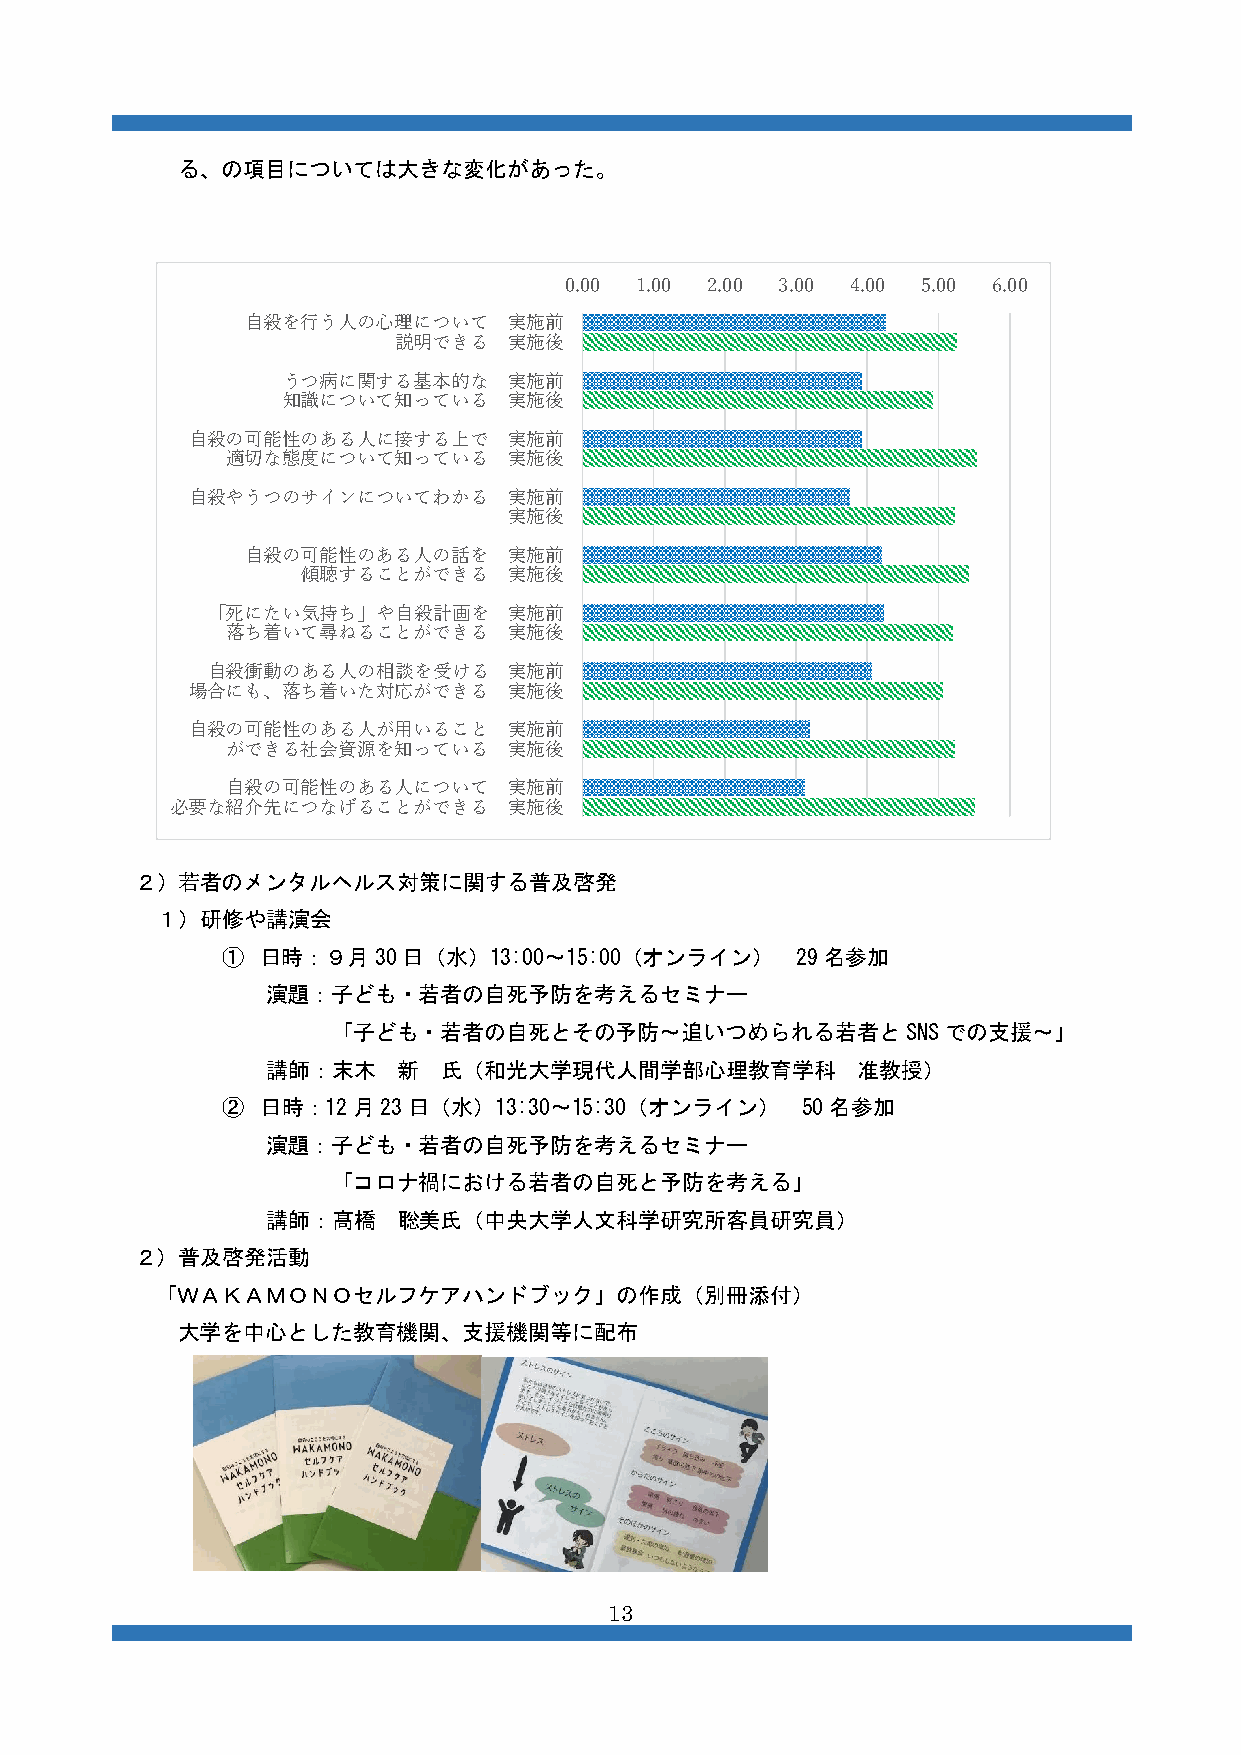
る、の項目については大きな変化があった。
 0.00 1.00 2.00 3.00 4.00 5.00 6.00
 自殺を行う人の心理について     実施前
 説明できる   実施後
 うつ病に関する基本的な    実施前
 知識について知っている    実施後
 自殺の可能性のある人に接する上で      実施前
 適切な態度について知っている     実施後
 自殺やうつのサインについてわかる      実施前
 実施後
 自殺の可能性のある人の話を     実施前
 傾聴することができる    実施後
 「死にたい気持ち」や自殺計画を     実施前
 落ち着いて尋ねることができる     実施後
 自殺衝動のある人の相談を受ける     実施前
 場合にも、落ち着いた対応ができる      実施後
 自殺の可能性のある人が用いること      実施前
 ができる社会資源を知っている     実施後
 自殺の可能性のある人について     実施前
 必要な紹介先につなげることができる      実施後
 ２）若者のメンタルヘルス対策に関する普及啓発
 １）研修や講演会
 ① 日時：９月30日（水）13:00～15:00（オンライン）       29名参加
 演題：子ども・若者の自死予防を考えるセミナー
 「子ども・若者の自死とその予防～追いつめられる若者とSNSでの支援～」
 講師：末木   新  氏（和光大学現代人間学部心理教育学科          准教授）
 ② 日時：12月23日（水）13:30～15:30（オンライン）      50名参加
 演題：子ども・若者の自死予防を考えるセミナー
 「コロナ禍における若者の自死と予防を考える」
 講師：髙橋   聡美氏（中央大学人文科学研究所客員研究員）
 ２）普及啓発活動
 「ＷＡＫＡＭＯＮＯセルフケアハンドブック」の作成（別冊添付）
 大学を中心とした教育機関、支援機関等に配布
 13